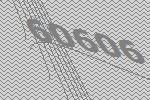
60606